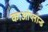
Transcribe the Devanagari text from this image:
काओप्लान्ड